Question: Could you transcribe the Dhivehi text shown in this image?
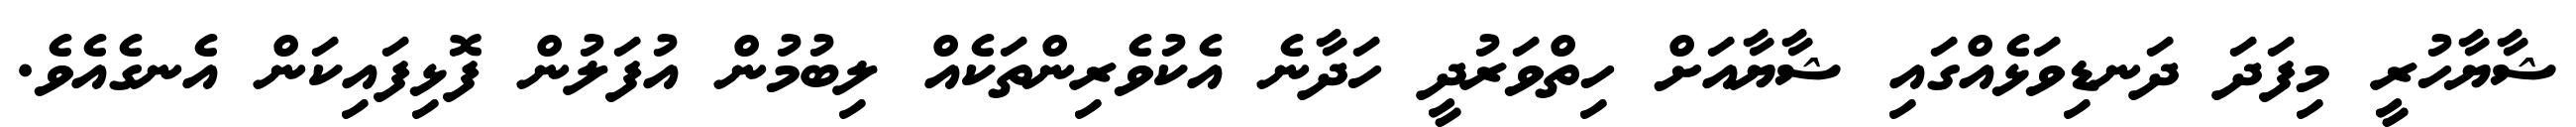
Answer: ޝާޔާހުރީ މިފަދަ ދަނޑިވަޅެއްގައި ޝާޔާއަށް ހިތްވަރުދީ ހަދާނެ އެކުވެރިންތަކެއް ލިބުމުން އުފަލުން ފޮޅިފައިކަން އެނގެއެވެ.